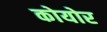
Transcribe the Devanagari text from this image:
कोयोर